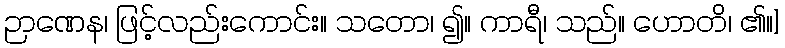
ဉာဏေန၊ ဖြင့်လည်းကောင်း။ သတော၊ ၍။ ကာရီ၊ သည်။ ဟောတိ၊ ၏။]